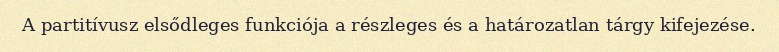
A partitívusz elsődleges funkciója a részleges és a határozatlan tárgy kifejezése.